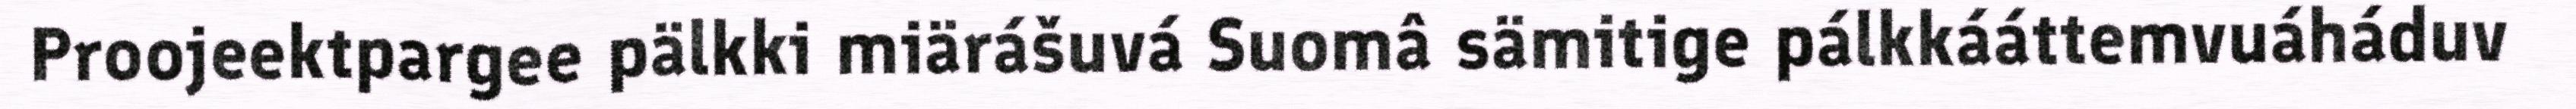
Proojeektpargee pälkki miärášuvá Suomâ sämitige pálkkááttemvuáháduv